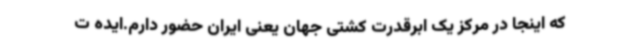
که اینجا در مرکز یک ابرقدرت کشتی جهان یعنی ایران حضور دارم.ایده ت